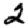
Digit: 2